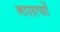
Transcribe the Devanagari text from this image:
नासत्यों